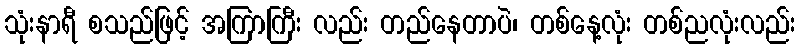
သုံးနာရီ စသည်ဖြင့် အကြာကြီး လည်း တည်နေတာပဲ၊ တစ်နေ့လုံး တစ်ညလုံးလည်း